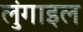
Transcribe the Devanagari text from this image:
लुंगाइल